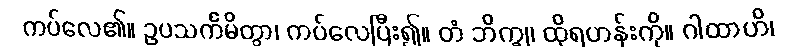
ကပ်လေ၏။ ဥပသင်္ကမိတွာ၊ ကပ်လေပြီး၍။ တံ ဘိက္ခု၊ ထိုရဟန်းကို။ ဂါထာဟိ၊